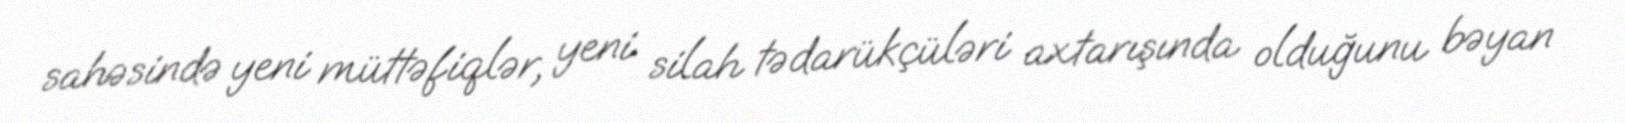
sahəsində yeni müttəfiqlər, yeni silah tədarükçüləri axtarışında olduğunu bəyan